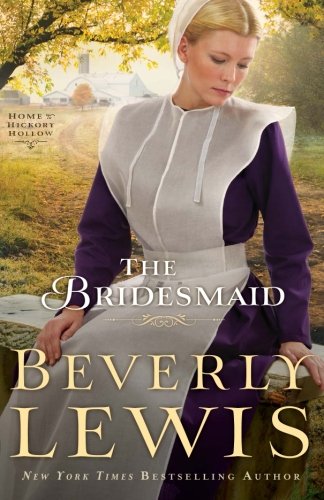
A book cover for The Bridesmaid (Home to Hickory Hollow); Beverly Lewis; Romance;